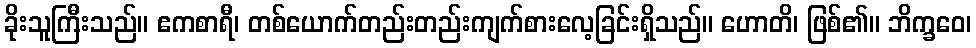
ခိုးသူကြီးသည်။ ဧကစာရီ၊ တစ်ယောက်တည်းတည်းကျက်စားလေ့ခြင်းရှိသည်။ ဟောတိ၊ ဖြစ်၏။ ဘိက္ခဝေ၊